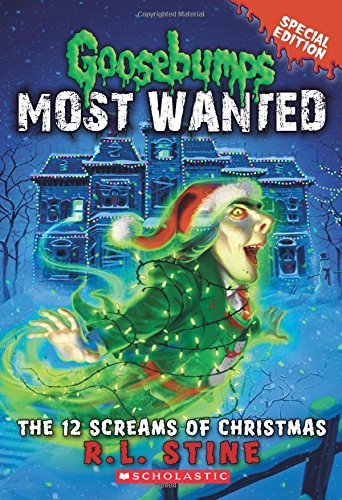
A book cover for Goosebumps Most Wanted Special Edition #2: The 12 Screams of Christmas; R.L. Stine; Children's Books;